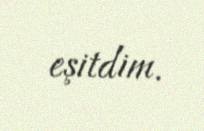
eşitdim.